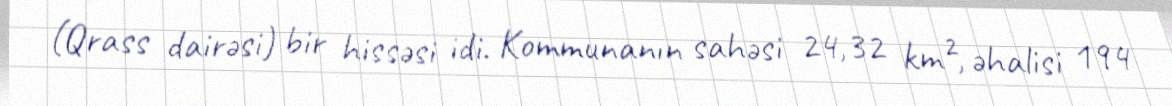
(Qrass dairəsi) bir hissəsi idi. Kommunanın sahəsi 24,32 km², əhalisi 194